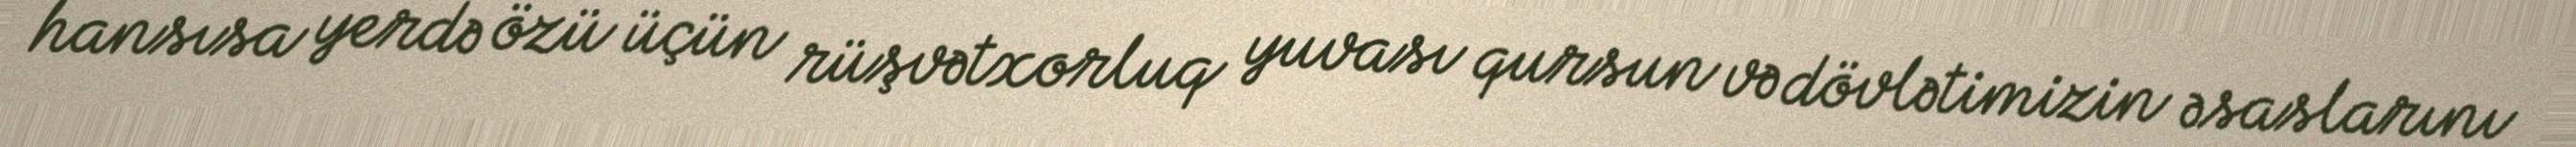
hansısa yerdə özü üçün rüşvətxorluq yuvası qursun və dövlətimizin əsaslarını